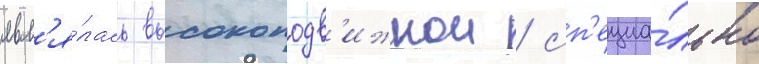
явл'я́лась высокоподв'ижнои / сп'ециа́льно